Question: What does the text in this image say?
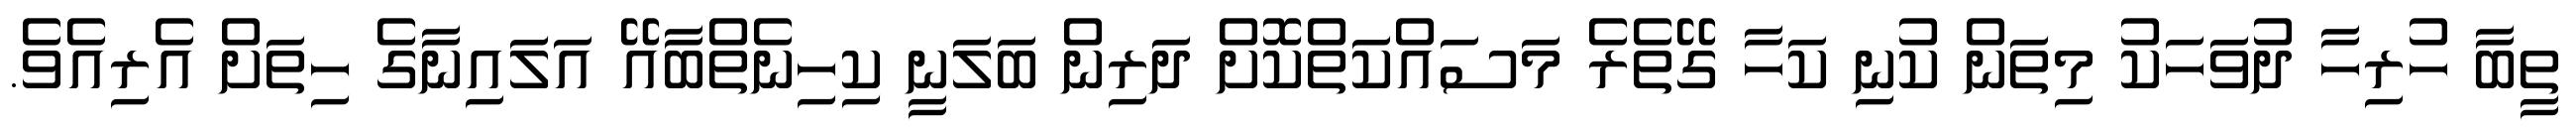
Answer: ތީބާ ހުރިހާ ދުވަހަކު މިތަން ކުނި ކަހާ ގޭތެރެ މަސައްކަތްކޮށް ދަރިން ބަލަނީ ކިހިނެތްބާއޭ އަލައިނާގެ ހިތަށް އެރިއެވެ.